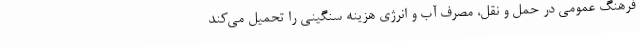
فرهنگ عمومی در حمل و نقل، مصرف آب و انرژی هزینه سنگینی را تحمیل می‌کند